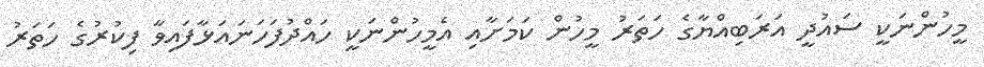
މީހުންނަކީ ސައުދީ އަރަބިއްޔާގެ ހަތަރު މީހުން ކަމަށާއި އެމީހުންނަކީ ހައްދުފަހަނައަޅާފައިވާ ފިކުރުގެ ހަތަރު